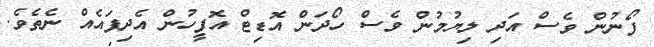
ފޯނުން ވެސް އަދި ލިޔުމުން ވެސް ހޯދަން އޮޑިޓް އޮފީހުން އެދިފައެެއް ނެތެވެ.